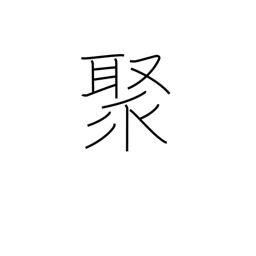
Meaning: assemble